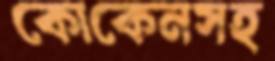
কোকেনসহ